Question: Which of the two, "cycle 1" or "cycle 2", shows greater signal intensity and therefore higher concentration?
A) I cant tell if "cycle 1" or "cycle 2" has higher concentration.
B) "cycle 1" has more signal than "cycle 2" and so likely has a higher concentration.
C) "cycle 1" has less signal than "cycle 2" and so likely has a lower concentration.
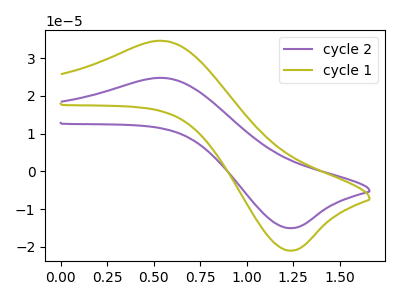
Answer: <think>The purple curve "cycle 2" has an anodic peak at (0.55V, 24.75uA) and a cathodic peak at (1.25V, -15.00uA). The olive curve "cycle 1" has an anodic peak at (0.55V, 34.55uA) and a cathodic peak at (1.25V, -20.95uA).
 All the peaks in "cycle 1" have a peak in "cycle 2" at the same potential. Every peak in "cycle 1" is higher than every peak in "cycle 2".</think>
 <answer>B) "cycle 1" has more signal than "cycle 2" and so likely has a higher concentration.</answer>
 <eval>B</eval>